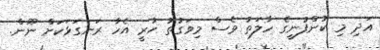
އަދި މި ކުންފުނީގެ ހާލަތު ވެސް މިވަގުތު ހުރީ އެހާ ރަނގަޅަކަށް ނޫން.